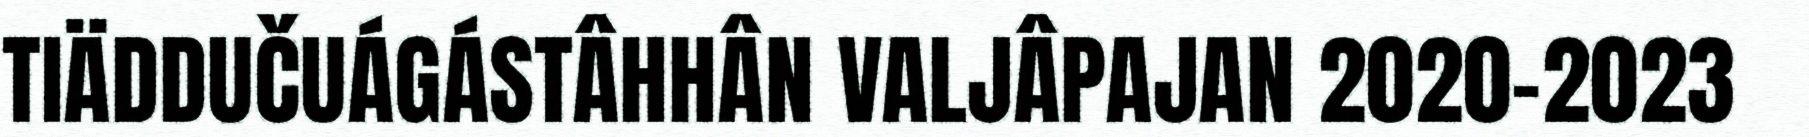
TIÄDDUČUÁGÁSTÂHHÂN VALJÂPAJAN 2020–2023